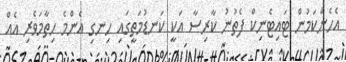
އެހެންކަމުން ޓައިޓެނިކް ފެތުނު ކާރިސާ އަކީ ކަނޑުމަތީގައި ހިނގި އެންމެ ހިތާމަވެރި އެއް